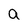
Character: a